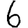
Digit: 6